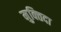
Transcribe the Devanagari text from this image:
मुक्‍तिदा